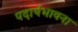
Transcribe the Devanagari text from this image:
पदार्थभावना